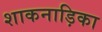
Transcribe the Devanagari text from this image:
शाकनाड़िका